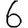
Digit: 6